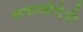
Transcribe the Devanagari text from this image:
कंकालीदेवी